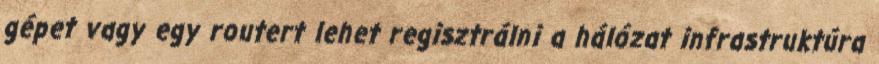
gépet vagy egy routert lehet regisztrálni a hálózat infrastruktúra